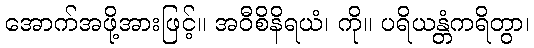
အောက်အဖို့အားဖြင့်။ အဝီစိနိရယံ၊ ကို။ ပရိယန္တံကရိတွာ၊